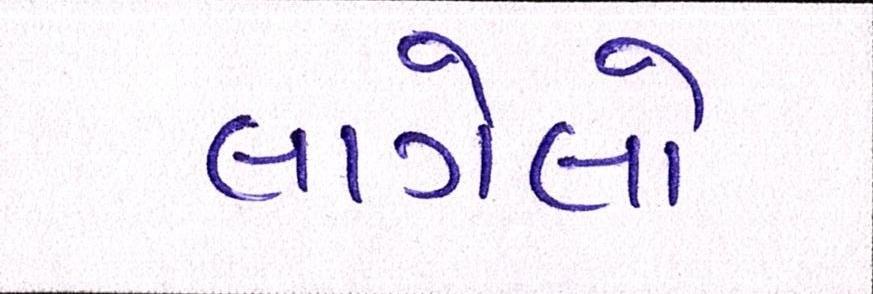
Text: લાગેલો